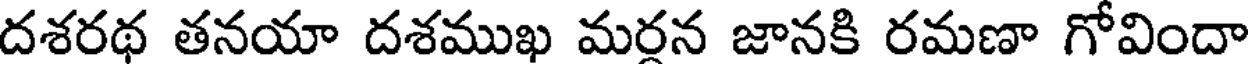
దశరథ తనయా దశముఖ మరన జానకి రమణా గోవిందా